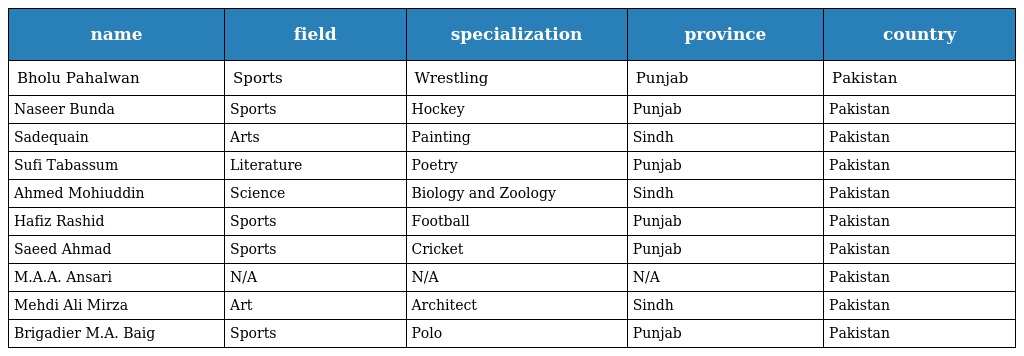
| name | field | specialization | province | country |
 | --- | --- | --- | --- | --- |
 | Bholu Pahalwan | Sports | Wrestling | Punjab | Pakistan |
 | Naseer Bunda | Sports | Hockey | Punjab | Pakistan |
 | Sadequain | Arts | Painting | Sindh | Pakistan |
 | Sufi Tabassum | Literature | Poetry | Punjab | Pakistan |
 | Ahmed Mohiuddin | Science | Biology and Zoology | Sindh | Pakistan |
 | Hafiz Rashid | Sports | Football | Punjab | Pakistan |
 | Saeed Ahmad | Sports | Cricket | Punjab | Pakistan |
 | M.A.A. Ansari | N/A | N/A | N/A | Pakistan |
 | Mehdi Ali Mirza | Art | Architect | Sindh | Pakistan |
 | Brigadier M.A. Baig | Sports | Polo | Punjab | Pakistan |